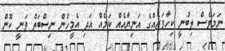
ނަމަވެސް ލިބުނީ ކިހާވަރެއްގެ އަނިޔާއެއް ކަމެއް އަދި އެމީހުން ނިސްބަތް ވަނީ ކޮން